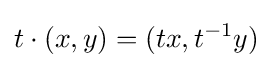
t\cdot (x,y)=(tx,t^{-1}y)